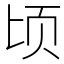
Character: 顷